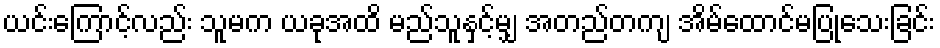
ယင်းကြောင့်လည်း သူမက ယခုအထိ မည်သူနှင့်မျှ အတည်တကျ အိမ်ထောင်မပြုသေးခြင်း